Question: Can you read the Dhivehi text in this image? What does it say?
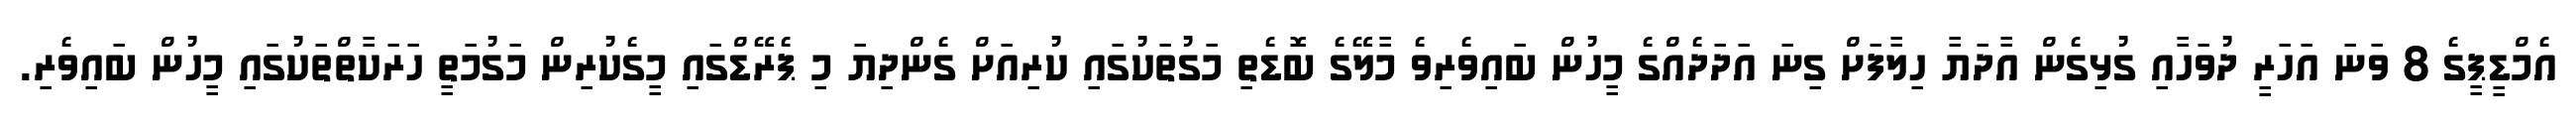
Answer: އެމްޑީޕީގެ 8 ވަނަ އަހަރީ ދުވަހާއި ގުޅިގެން އާދަޔާ ހިލާފަށް ގިނަ އަދަދެއްގެ މީހުން ބައިވެރިވެ މާލޭގެ ބޮޑެތި މަގުތަކުގައި ކުރިއަށް ގެންދިޔަ މި ޕެރޭޑްގައި މީގެކުރިން މަގުމަތީ ހަރަކާތްތަކުގައި މީހުން ބައިވެރި.